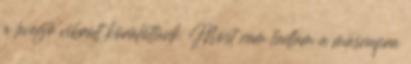
a levegő vibrált körülöttünk. Most nem tudtam a másnapra